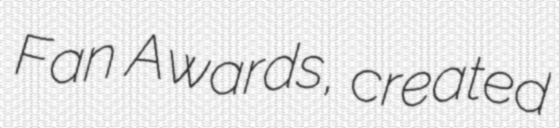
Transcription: Fan Awards, created